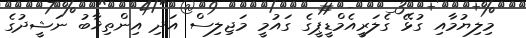
މިލިޔުމާއި ގުޅޭ ގެލަރީއެމްޑީޕީގެ ގައުމީ މަޖިލިސް އަދި އިންތިޚާބު ނަޝީދުގެ